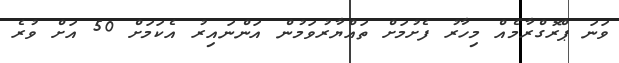
ވަނަ ޕްރޮގްރާމެއް މިހާރު ފެށުމަށް ތައްޔާރުވަމުން އަންނައިރު އެކަމަށް 50 އަށް ވުރެ